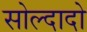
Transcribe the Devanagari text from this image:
सोल्दादो